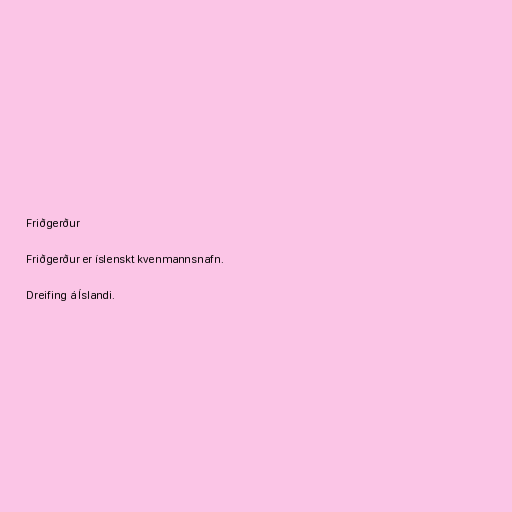
Friðgerður

Friðgerður er íslenskt kvenmannsnafn.

Dreifing á Íslandi.